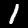
Label: 1